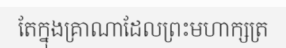
តែក្នុងគ្រាណាដែលព្រះមហាក្សត្រ